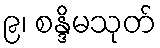
၉၊ စန္ဒိမသုတ်